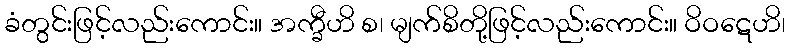
ခံတွင်းဖြင့်လည်းကောင်း။ အက္ခီဟိ စ၊ မျက်စိတို့ဖြင့်လည်းကောင်း။ ဝိဝဋေဟိ၊